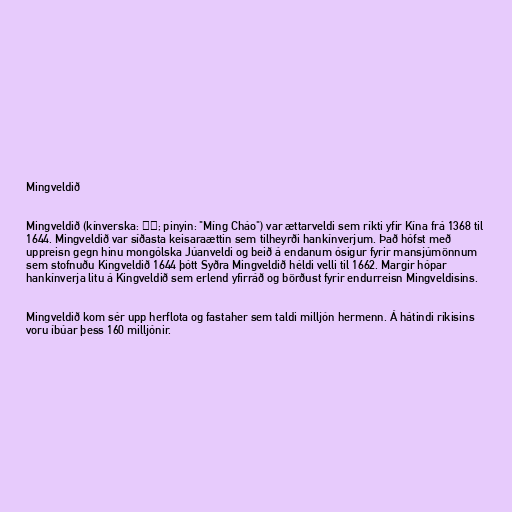
Mingveldið

Mingveldið (kínverska: 明朝; pinyin: "Míng Cháo") var ættarveldi sem ríkti yfir Kína frá 1368 til
1644. Mingveldið var síðasta keisaraættin sem tilheyrði hankínverjum. Það hófst með
uppreisn gegn hinu mongólska Júanveldi og beið á endanum ósigur fyrir mansjúmönnum
sem stofnuðu Kingveldið 1644 þótt Syðra Mingveldið héldi velli til 1662. Margir hópar
hankínverja litu á Kingveldið sem erlend yfirráð og börðust fyrir endurreisn Mingveldisins.

Mingveldið kom sér upp herflota og fastaher sem taldi milljón hermenn. Á hátindi ríkisins
voru íbúar þess 160 milljónir.